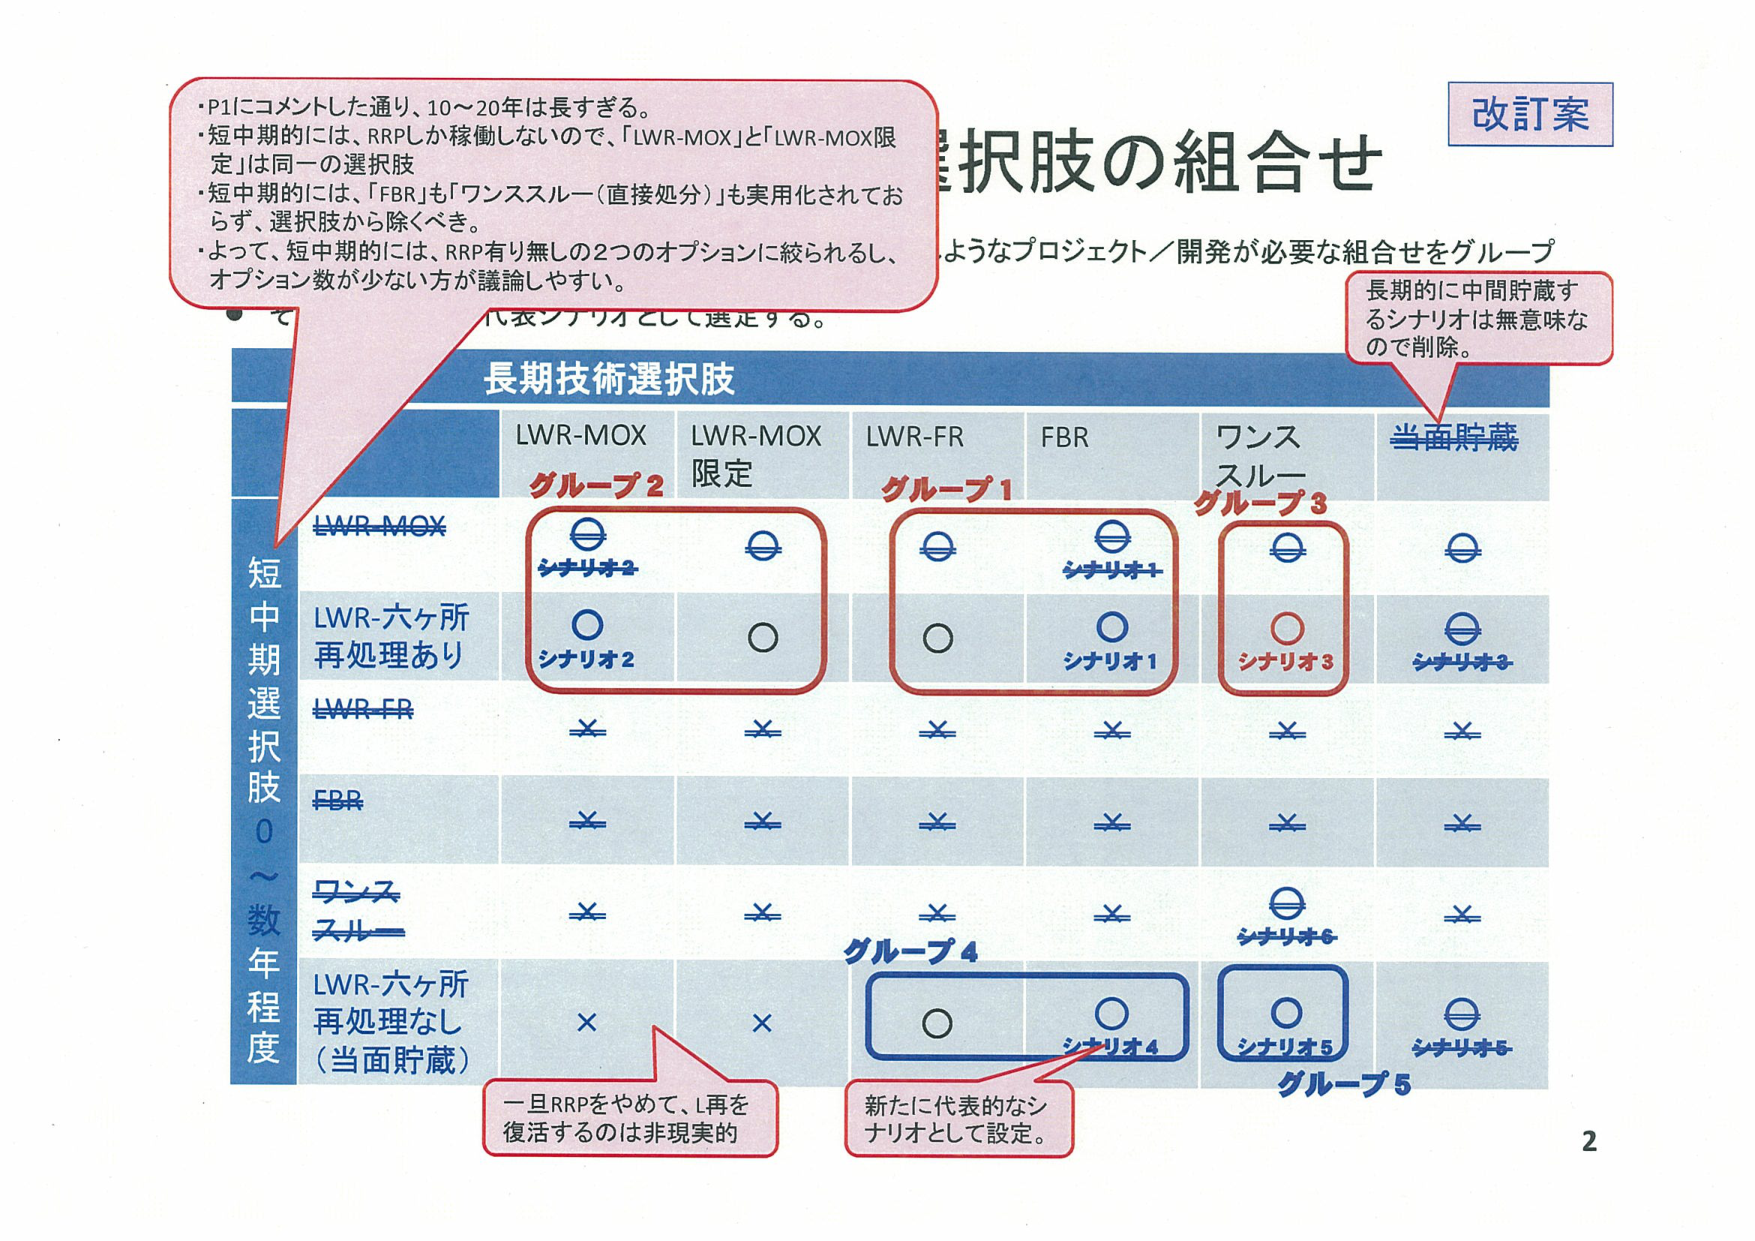
改訂案
択肢の組合せ
ようなプロジェクト／開発が必要な組合せをグループ
長期的に中間貯蔵するシナリオは無意味なので削除。
・P1にコメントした通り、10～20年は長すぎる。
・短中期的には、RRPしか稼働しないので、「LWR-MOX」と「LWR-MOX限定」は同一の選択肢
・短中期的には、「FBR」も「ワンススルー（直接処分）」も実用化されておらず、選択肢から除くべき。
・よって、短中期的には、RRP有り無しの2つのオプションに絞られるし、オプション数が少ない方が議論しやすい。
八衣シナリオとして選定する。
長期技術選択肢
LWR-MOX
LWR-MOX限定
LWR-FR
FBR
ワンススルー
当面貯蔵
グループ2
グループ1
グループ3
LWR-MOX
シナリオ2
シナリオ1
シナリオ3
シナリオ8
LWR-六ヶ所再処理あり
シナリオ2
シナリオ1
LWR-FR
×
×
×
×
×
×
FBR
×
×
×
×
×
×
ワンススルー
×
×
×
×
シナリオ6
×
LWR-六ヶ所再処理なし（当面貯蔵）
×
×
○
○
○
シナリオ4
シナリオ5
シナリオ5
グループ4
グループ5
一旦RRPをやめて、L再を復活するのは非現実的
新たに代表的なシナリオとして設定。
短中期選択肢 0～数年程度
2